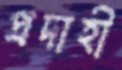
প্রদাহী